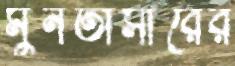
মুনতাসীরের